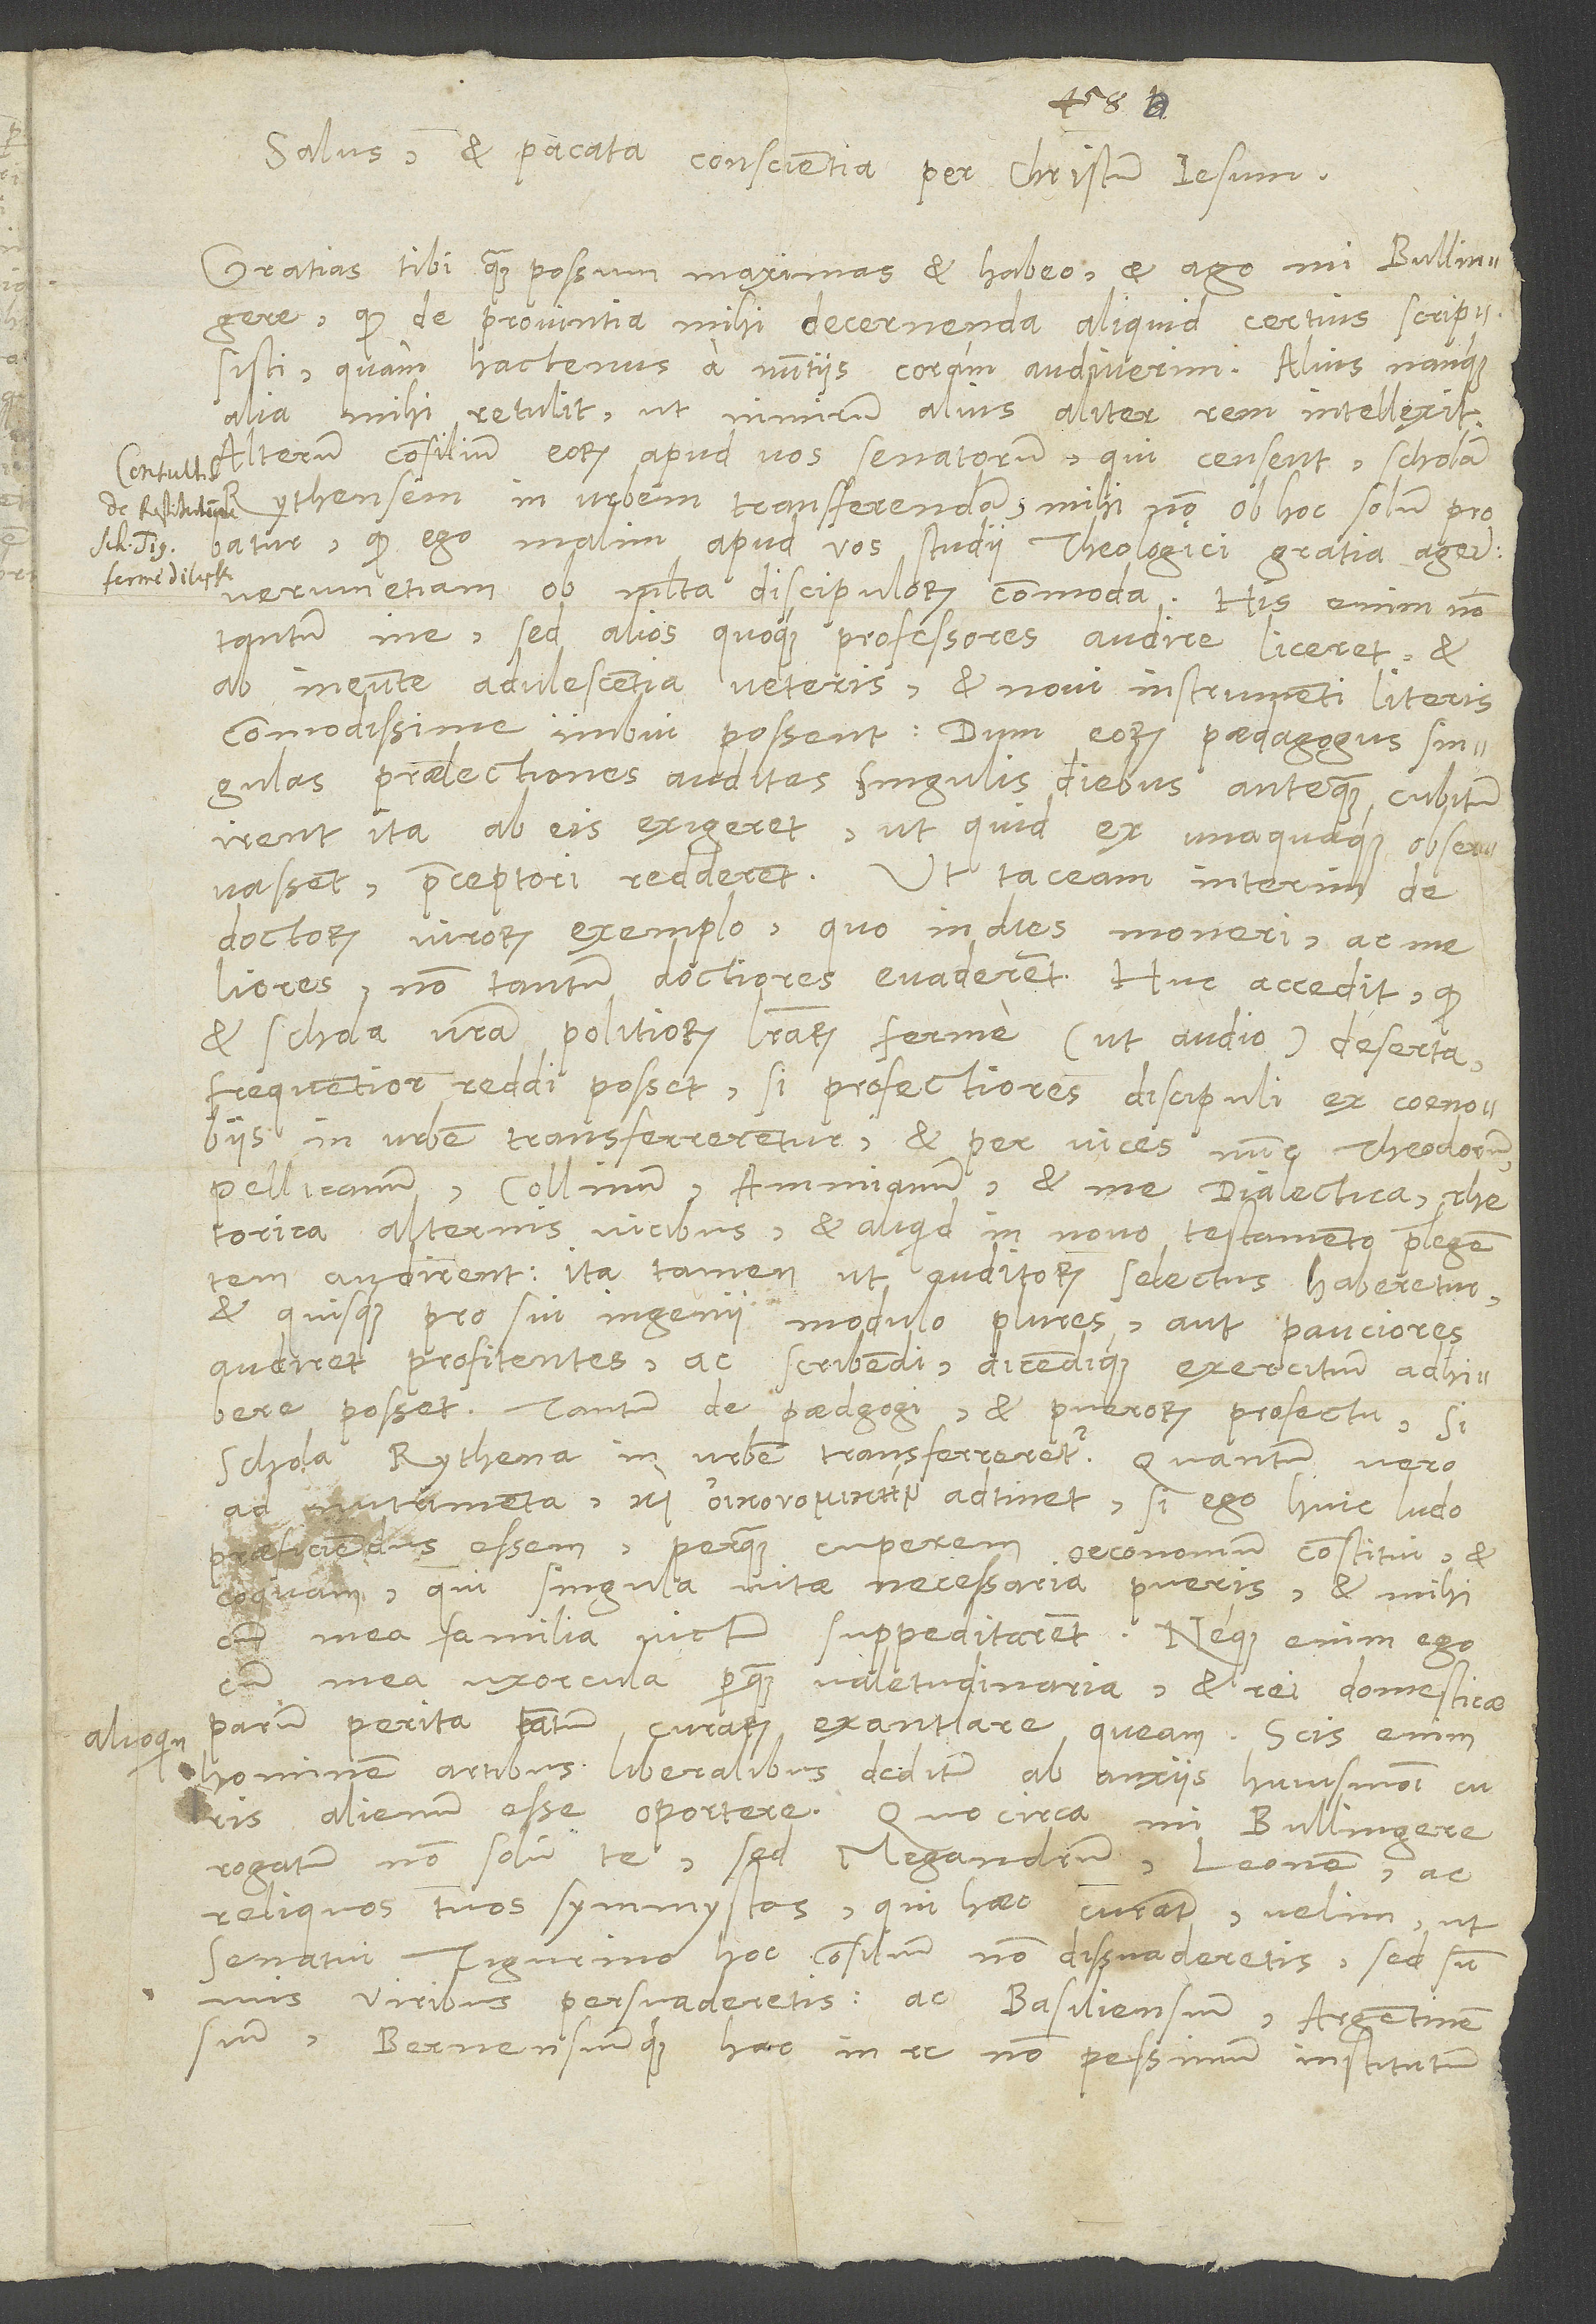
alioquin

Salus et pacata conscientia per Christum Iesum.
Gratias tibi quam possum maximas et habeo et ago, mi Bullingere,
quod de provintia mihi decernenda aliquid certius scripsisti,
quam hactenus a nuntiis coram audiverim. Alius nanque
alia mihi retulit, ut nimirum alius aliter rem intellexit.
Alterum consilium eorum apud vos senatorum, qui censent scholam
Rythensem in urbem transferendam, mihi non ob hoc solum probatur,
quod ego malim apud vos studii theologici gratia agere,
verum etiam ob multa discipulorum commoda. His enim non
tantum me, sed alios quoque professores audire liceret, et
ab ineunte adulescentia veteris et novi instrumenti literis
commodissime imbui possent, dum eorum paedagogus singulas
praelectiones auditas singulis diebus, antequam cubitum
irent, ita ab eis exigeret, ut, quid ex unaquaque observassent,
praeceptori redderent. Ut taceam interim de
doctorum virorum exemplo, quo in dies moneri ac
non tantum doctiores evaderent. Huc accedit, quod
et schola vestra politiorum literarum ferme (ut audio) deserta
frequentior reddi posset, si profectiores discipuli ex coenobiis
in urbem transferrerentur et per vices nunc Theodorum,
Pellicanum, Collinum, Ammianum et me dialectica, rhetorica
alternis vicibus et aliquid in novo testamento praelegentem
audirent, ita tamen, ut auditorum selectus haberetur
et quisque pro sui ingenii modulo plures aut pauciores
audiret profitentes ac scribendi dicendique exercitium adhibere
posset. Tantum de paedagogi et puerorum profectu, si
schola Rythena in urbem transferreretur. Quantum vero
ad nutrimenta adtinet, si ego huic ludo
praeficiendus essem, perquam cuperem oeconomum constitui et
coquam, qui singula vitae necessaria pueris et mihi
cum mea familia victum suppeditarent. Neque enim ego
cum mea uxorcula perquam valetudinaria et rei domesticae
parum perita tantum curarum exantlare queam. Scis enim
hominem artibus liberalibus deditum ab anxiis huiusmodi curis
alienum esse oportere. Quocirca, mi Bullingere,
rogatum non solum te, sed Megandrum, Leonem ac
reliquos tuos symmystas, qui haec curant, velim, ut
senatui Tigurino hoc consilium non dissuaderetis, sed summis
viribus persuaderetis ac Basiliensium, Argentinensium
Bernensiumque hac in re non pessimum institutum